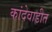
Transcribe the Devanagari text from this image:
कांदेवाडीत